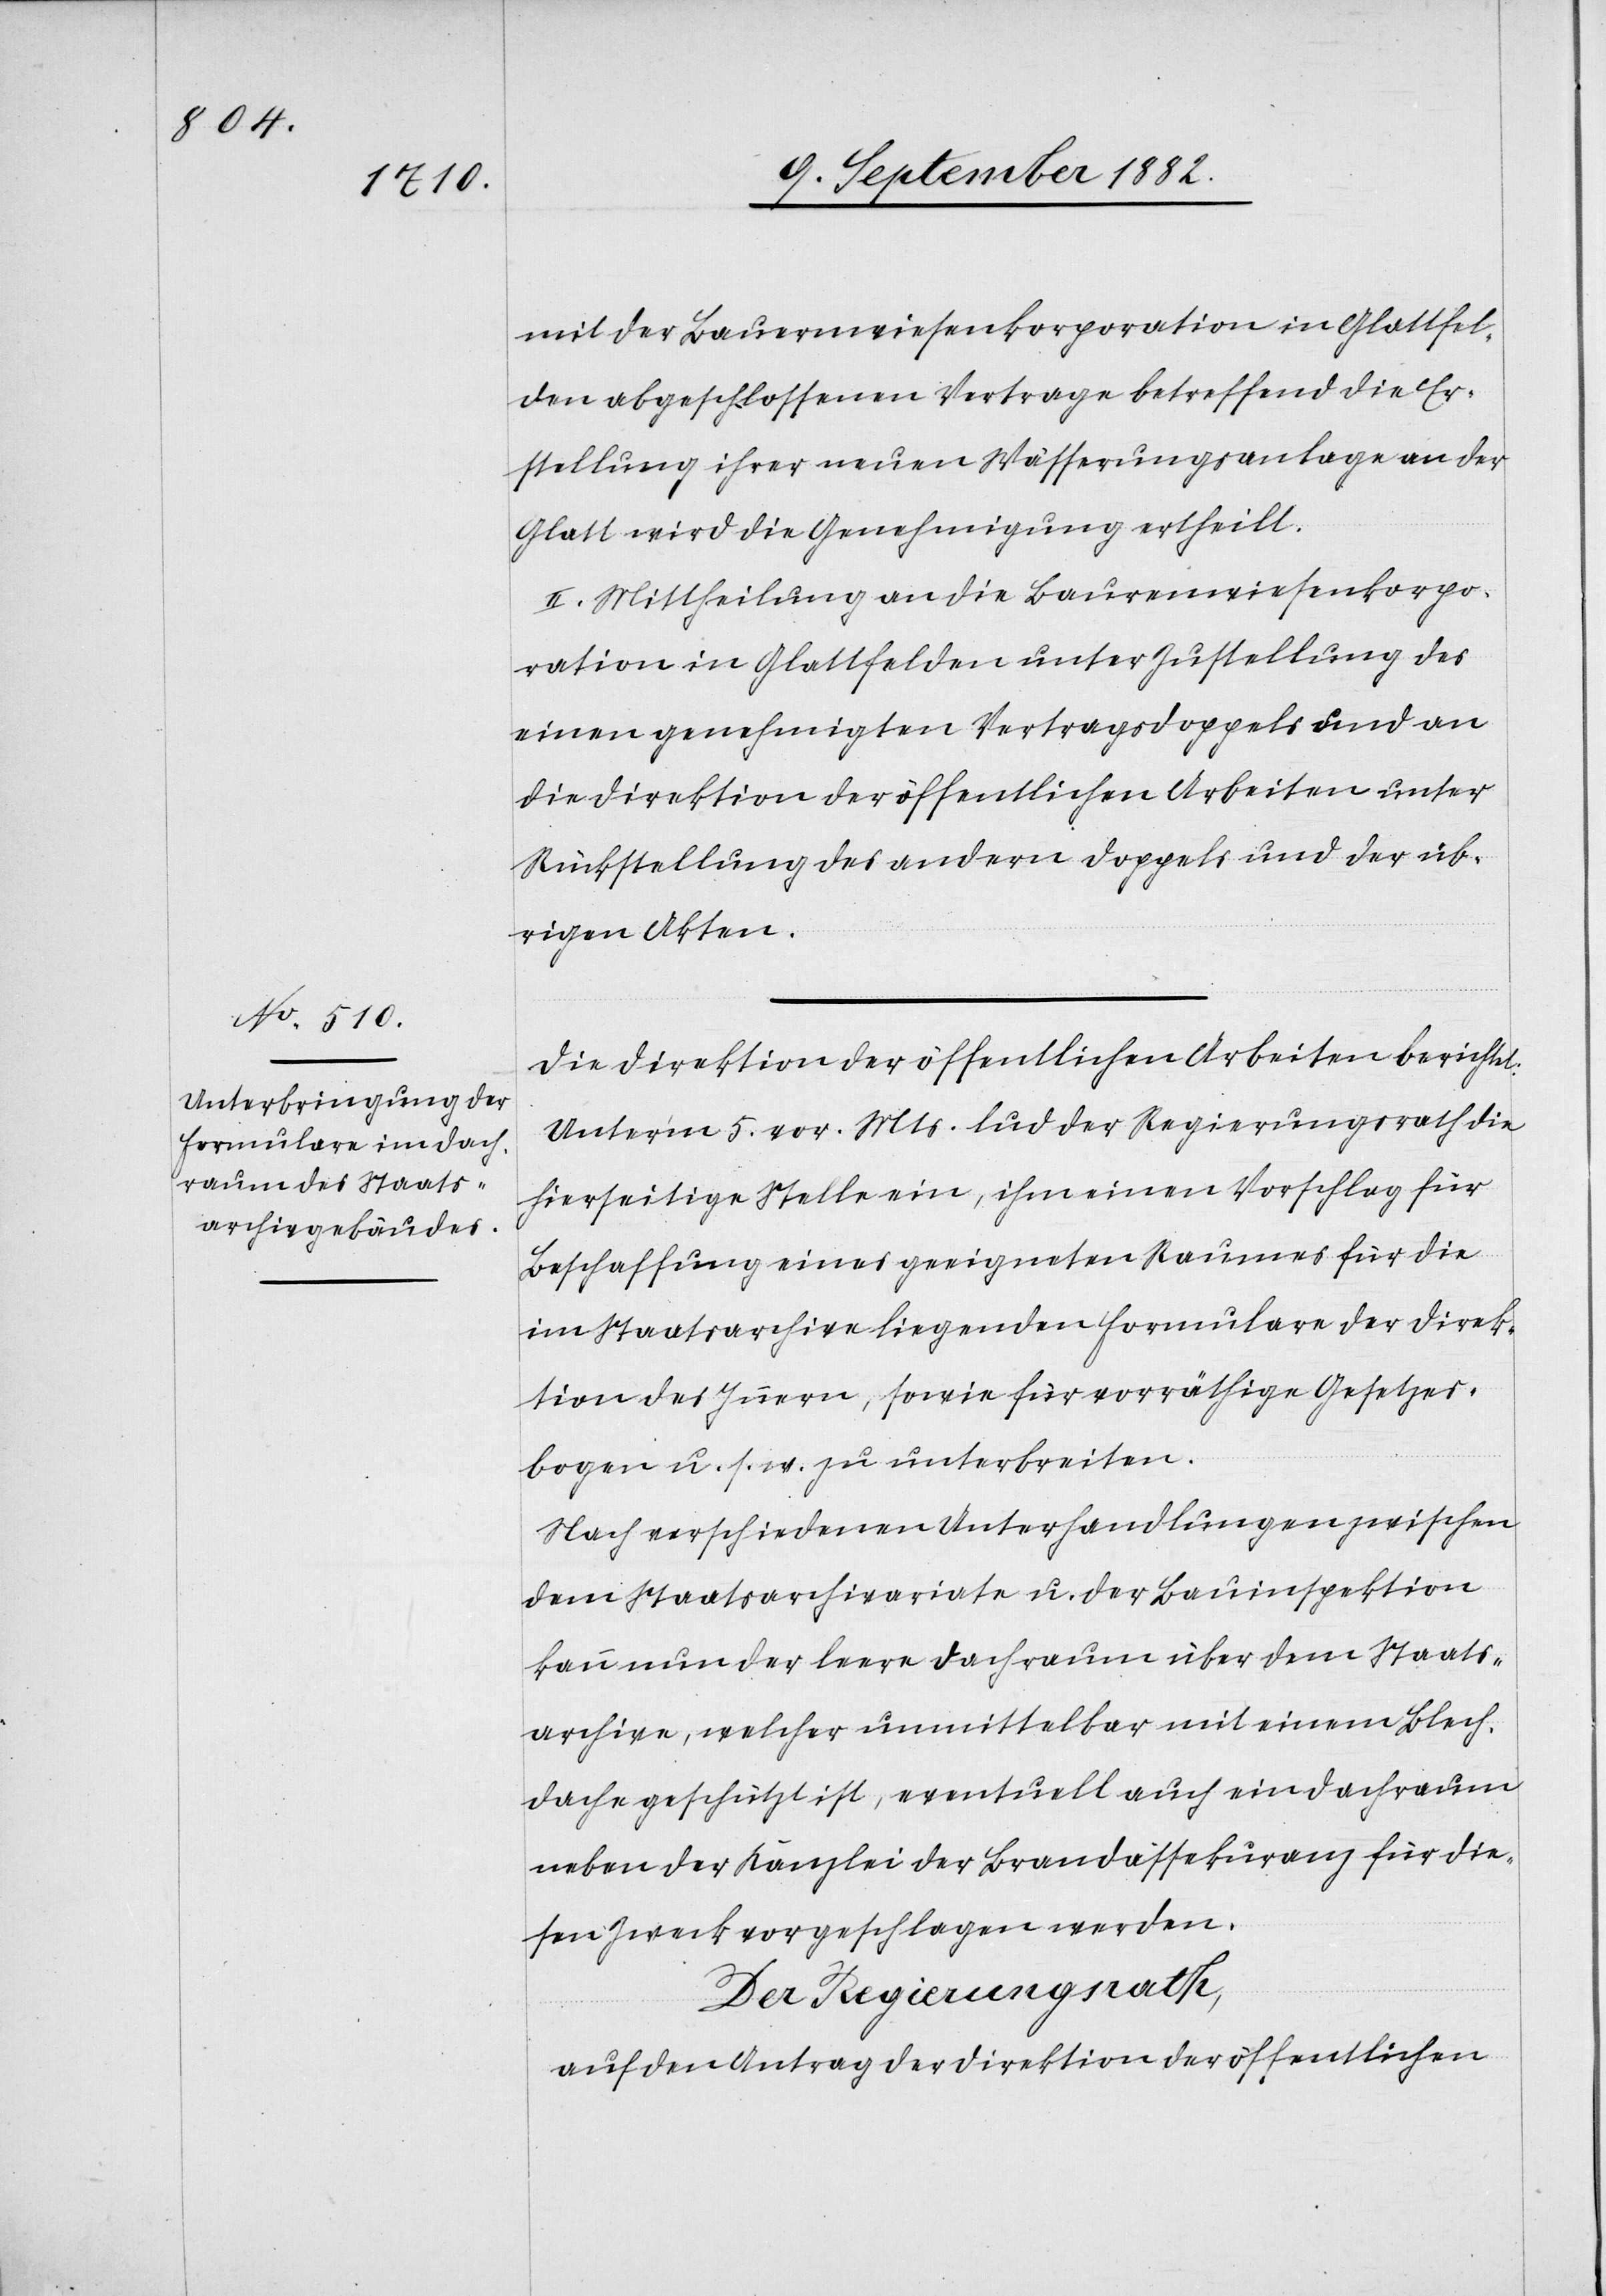
mit der Bauernwiesenkorporation in Glattfel¬
den abgeschlossenen Vertrage betreffend die Er¬
stellung ihrer neuen Wässerungsanlage an der
Glatt wird die Genehmigung ertheilt.
II. Mittheilung an die Bauernwiesenkorpo¬
ration in Glattfelden unter Zustellung des
einen genehmigten Vertragsdoppels und an
die Direktion der öffentlichen Arbeiten unter
Rückstellung des andern Doppels und der üb¬
rigen Akten.
Die Direktion der öffentlichen Arbeiten berichtet:
Unter’m 5. vor. Mts. lud der Regierungsrath die
hierseitige Stelle ein, ihm einen Vorschlag für
Beschaffung eines geeigneten Raumes für die
im Staatsarchive liegenden Formulare der Direk¬
tion des Innern, sowie für vorräthige Gesetzes¬
bogen u. s. w. zu unterbreiten.
Nach verschiedenen Unterhandlungen zwischen
dem Staatsarchivariate u. der Bauinspektion
kann nun der leere Dachraum über dem Staats¬
archive, welcher unmittelbar mit einem Blech¬
dache geschützt ist, eventuell auch ein Dachraum
neben der Kanzlei der Brandassekuranz für die¬
sen Zweck vorgeschlagen werden.
Der Regierungsrath,
auf den Antrag der Direktion der öffentlichen